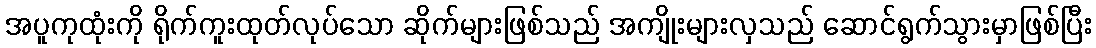
အပူကုထုံးကို ရိုက်ကူးထုတ်လုပ်သော ဆိုက်များဖြစ်သည် အကျိုးများလှသည် ဆောင်ရွက်သွားမှာဖြစ်ပြီး